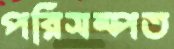
পরিসম্পত